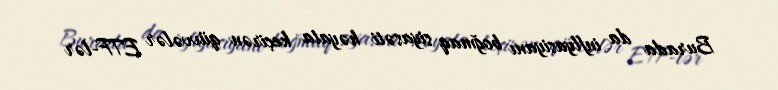
Burada da inflyasiyanı boğmaq siyasəti həyata keçirən qüvvələr ETF-lər